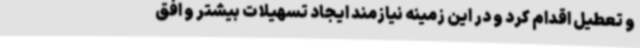
و تعطیل اقدام کرد و در این زمینه نیازمند ایجاد تسهیلات بیشتر و افق